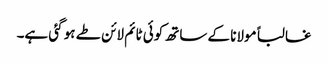
غالبا ًمولانا کے ساتھ کوئی ٹائم لائن طے ہو گئی ہے۔